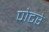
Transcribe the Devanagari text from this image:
पोटरे